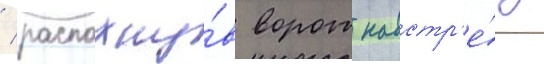
/ распахну́в ворот навстр'е́чу